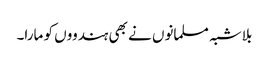
بلاشبہ مسلمانوں نے بھی ہندووں کو مارا۔